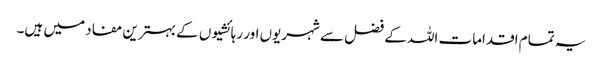
یہ تمام اقدامات اللہ کے فضل سے شہریوں اور رہائشیوں کے بہترین مفاد میں ہیں۔